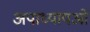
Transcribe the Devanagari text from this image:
अपाध्यायओं